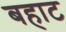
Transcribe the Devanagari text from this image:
बहाट